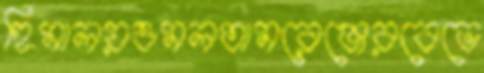
হিমালয়ওমলতামরেঞ্জেরবেভে